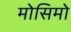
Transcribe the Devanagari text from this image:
मोसिमो